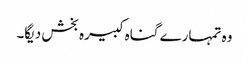
وہ تمہارے گناہ کبیرہ بخش دیگا۔